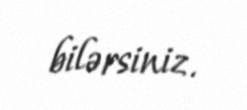
bilərsiniz.